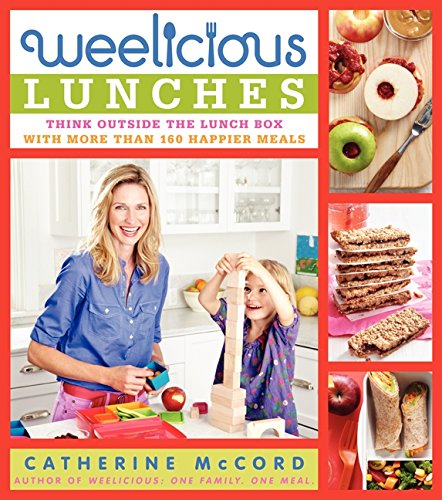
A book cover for Weelicious Lunches: Think Outside the Lunch Box with More Than 160 Happier Meals; Catherine McCord; Cookbooks, Food & Wine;